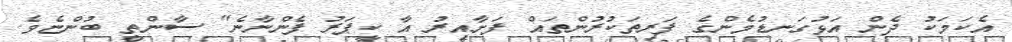
އެކަމަކު ދެން އަޅުގަނޑުމެންގެ ފަރިތަކުރުންތައް ފަށާއިރު އާ ކީޕަރު ފެންނާނެ" ސާންތީ ބުންޏެވެ.